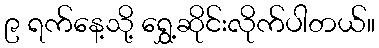
၉ ရက်နေ့သို့ ရွှေ့ဆိုင်းလိုက်ပါတယ်။